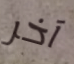
آخر